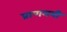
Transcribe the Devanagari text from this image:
प्राणमयी